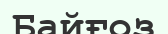
Байғоз